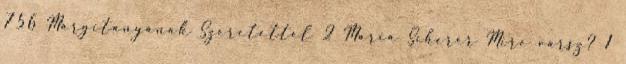
756 Margitanyának Szeretettel 2 Maria Scherer Mire vársz? 1